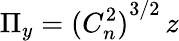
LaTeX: \Pi_{y}={(C_{n}^{2})}^{3/2}\, z